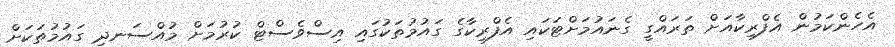
އެހެންކަމުން އެފްރިކާއަށް ތަރައްގީ ގެނައުމަށްޓަކައި އެފްރިކާގެ ގައުމުތަކުގައި އިސްވެސްޓް ކުރުމަށް މުއްސަނދި ގައުމުތަކަށް